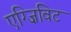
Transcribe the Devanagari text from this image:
एग्ज़िविट